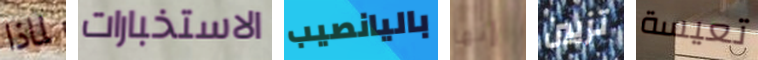
لماذا الاستخبارات باليانصيب إنها تزيين تعيسة